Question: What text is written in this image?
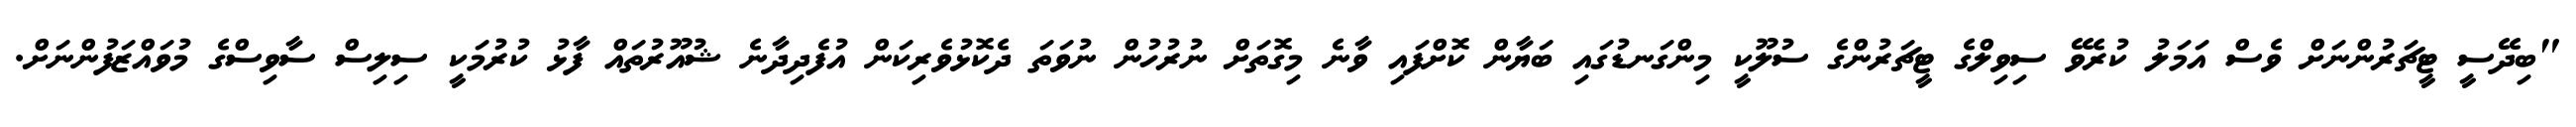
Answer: "ބިދޭސީ ޓީޗަރުންނަށް ވެސް އަމަލު ކުރެވޭ ސިވިލްގެ ޓީޗަރުންގެ ސުލޫކީ މިންގަނޑުގައި ބަޔާން ކޮށްފައި ވާނެ މިގޮތަށް ނުރުހުން ނުވަތަ ދެކޮޅުވެރިކަން އުފެދިދާނެ ޝުއޫރުތައް ފާޅު ކުރުމަކީ ސިލިސް ސާވިސްގެ މުވައްޒަފުންނަށް.